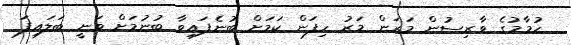
ހުމާމުގެ ވާރިސުން މަރަން މަރު ހިފަން ކަމަށް ބުނެފައިވާ ބުނުމަށް ވަނީ ބަލައިފަ